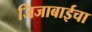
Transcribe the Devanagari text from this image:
जिजाबाईचा